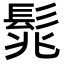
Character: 𩬱